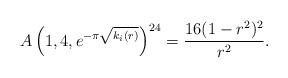
LaTeX: \begin{align*}A\left(1,4,e^{-\pi\sqrt{k_i\left(r\right)}}\right)^{24}=\frac{16(1-r^2)^2}{r^2}.\end{align*}